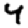
Digit: 4